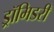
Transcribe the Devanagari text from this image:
ड्रॉमिडरी